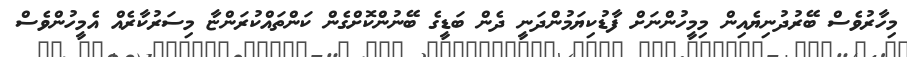
މިހާރުވެސް ބޭރުދުނިޔެއިން މިމީހުންނަށް ފާޑުކިޔަމުންދަނީ ދެން ބަޑީގެ ބޭނުންކޮށްގެން ކަންތައްކުރަންޏާ މިސަރުކާރެއް އެމީހުންވެސް